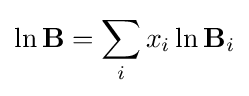
\ln \mathbf {B} =\sum _{i}{x_{i}\ln \mathbf {B} _{i}}